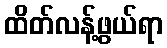
ထိတ်လန့်ဖွယ်ရာ